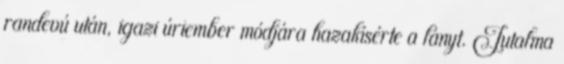
randevú után, igazi úriember módjára hazakísérte a lányt. Jutalma